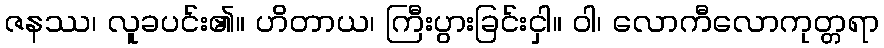
ဇနဿ၊ လူခပင်း၏။ ဟိတာယ၊ ကြီးပွားခြင်းငှါ။ ဝါ၊ လောကီလောကုတ္တရာ